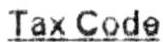
TAX CODE